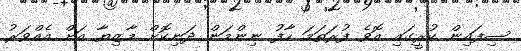
ސިފައިން ކުރީގައި އޮވެ ފުރަތަމަ ހާފު ނިންމަން ދަނިކޮށް މާޒިޔާ އަށް އެއްވަރު